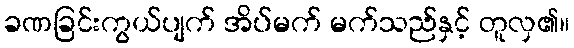
ခဏခြင်းကွယ်ပျက် အိပ်မက် မက်သည်နှင့် တူလှ၏။